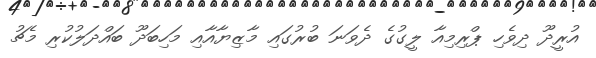
އުރީދޫ ދިވެހި ޕްރިމިއާ ލީގުގެ ދެވަނަ ބުރުގައި މާޒިޔާއާއި މަހިބަދޫ ބައްދަލުކުރި މެޗު